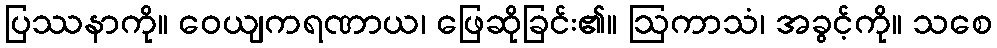
ပြဿနာကို။ ဝေယျကရဏာယ၊ ဖြေဆိုခြင်း၏။ ဩကာသံ၊ အခွင့်ကို။ သစေ